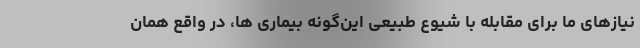
نیازهای ما برای مقابله با شیوع طبیعی این‌گونه بیماری ها، در واقع همان